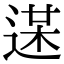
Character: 𨔋